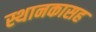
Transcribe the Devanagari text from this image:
स्थानकासह